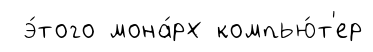
э́того мона́рх компью́т'ер